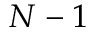
N - 1